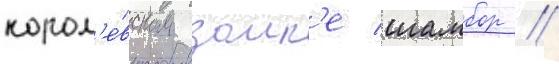
корол'е́вском замк'е шамбор //